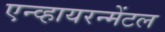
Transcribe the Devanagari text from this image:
एन्व्हायरन्मेंटल